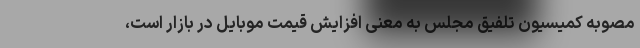
مصوبه کمیسیون تلفیق مجلس به معنی افزایش قیمت موبایل در بازار است،